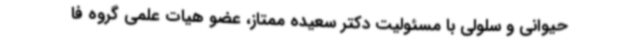
حیوانی و سلولی با مسئولیت دکتر سعیده ممتاز، عضو هیات علمی گروه فا